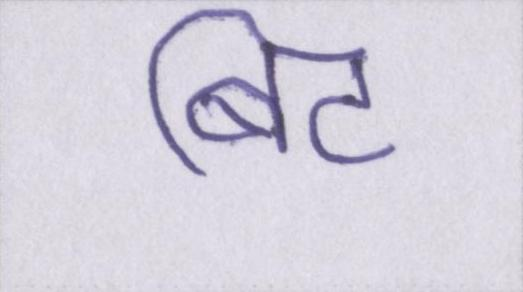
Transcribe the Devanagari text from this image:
बिट